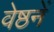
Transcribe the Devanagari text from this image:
वेष्ठनें